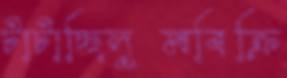
টাটাচ্ছিলুমবিক্রি